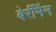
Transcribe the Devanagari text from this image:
बेर्रीमैन